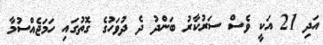
އަދި 21 އަކީ ވެސް ސަރުކާރު ބަންދު ދެ ދުވަހުގެ ގޮތުގައި ހަމަޖެއްސުމާ